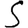
Digit: 5